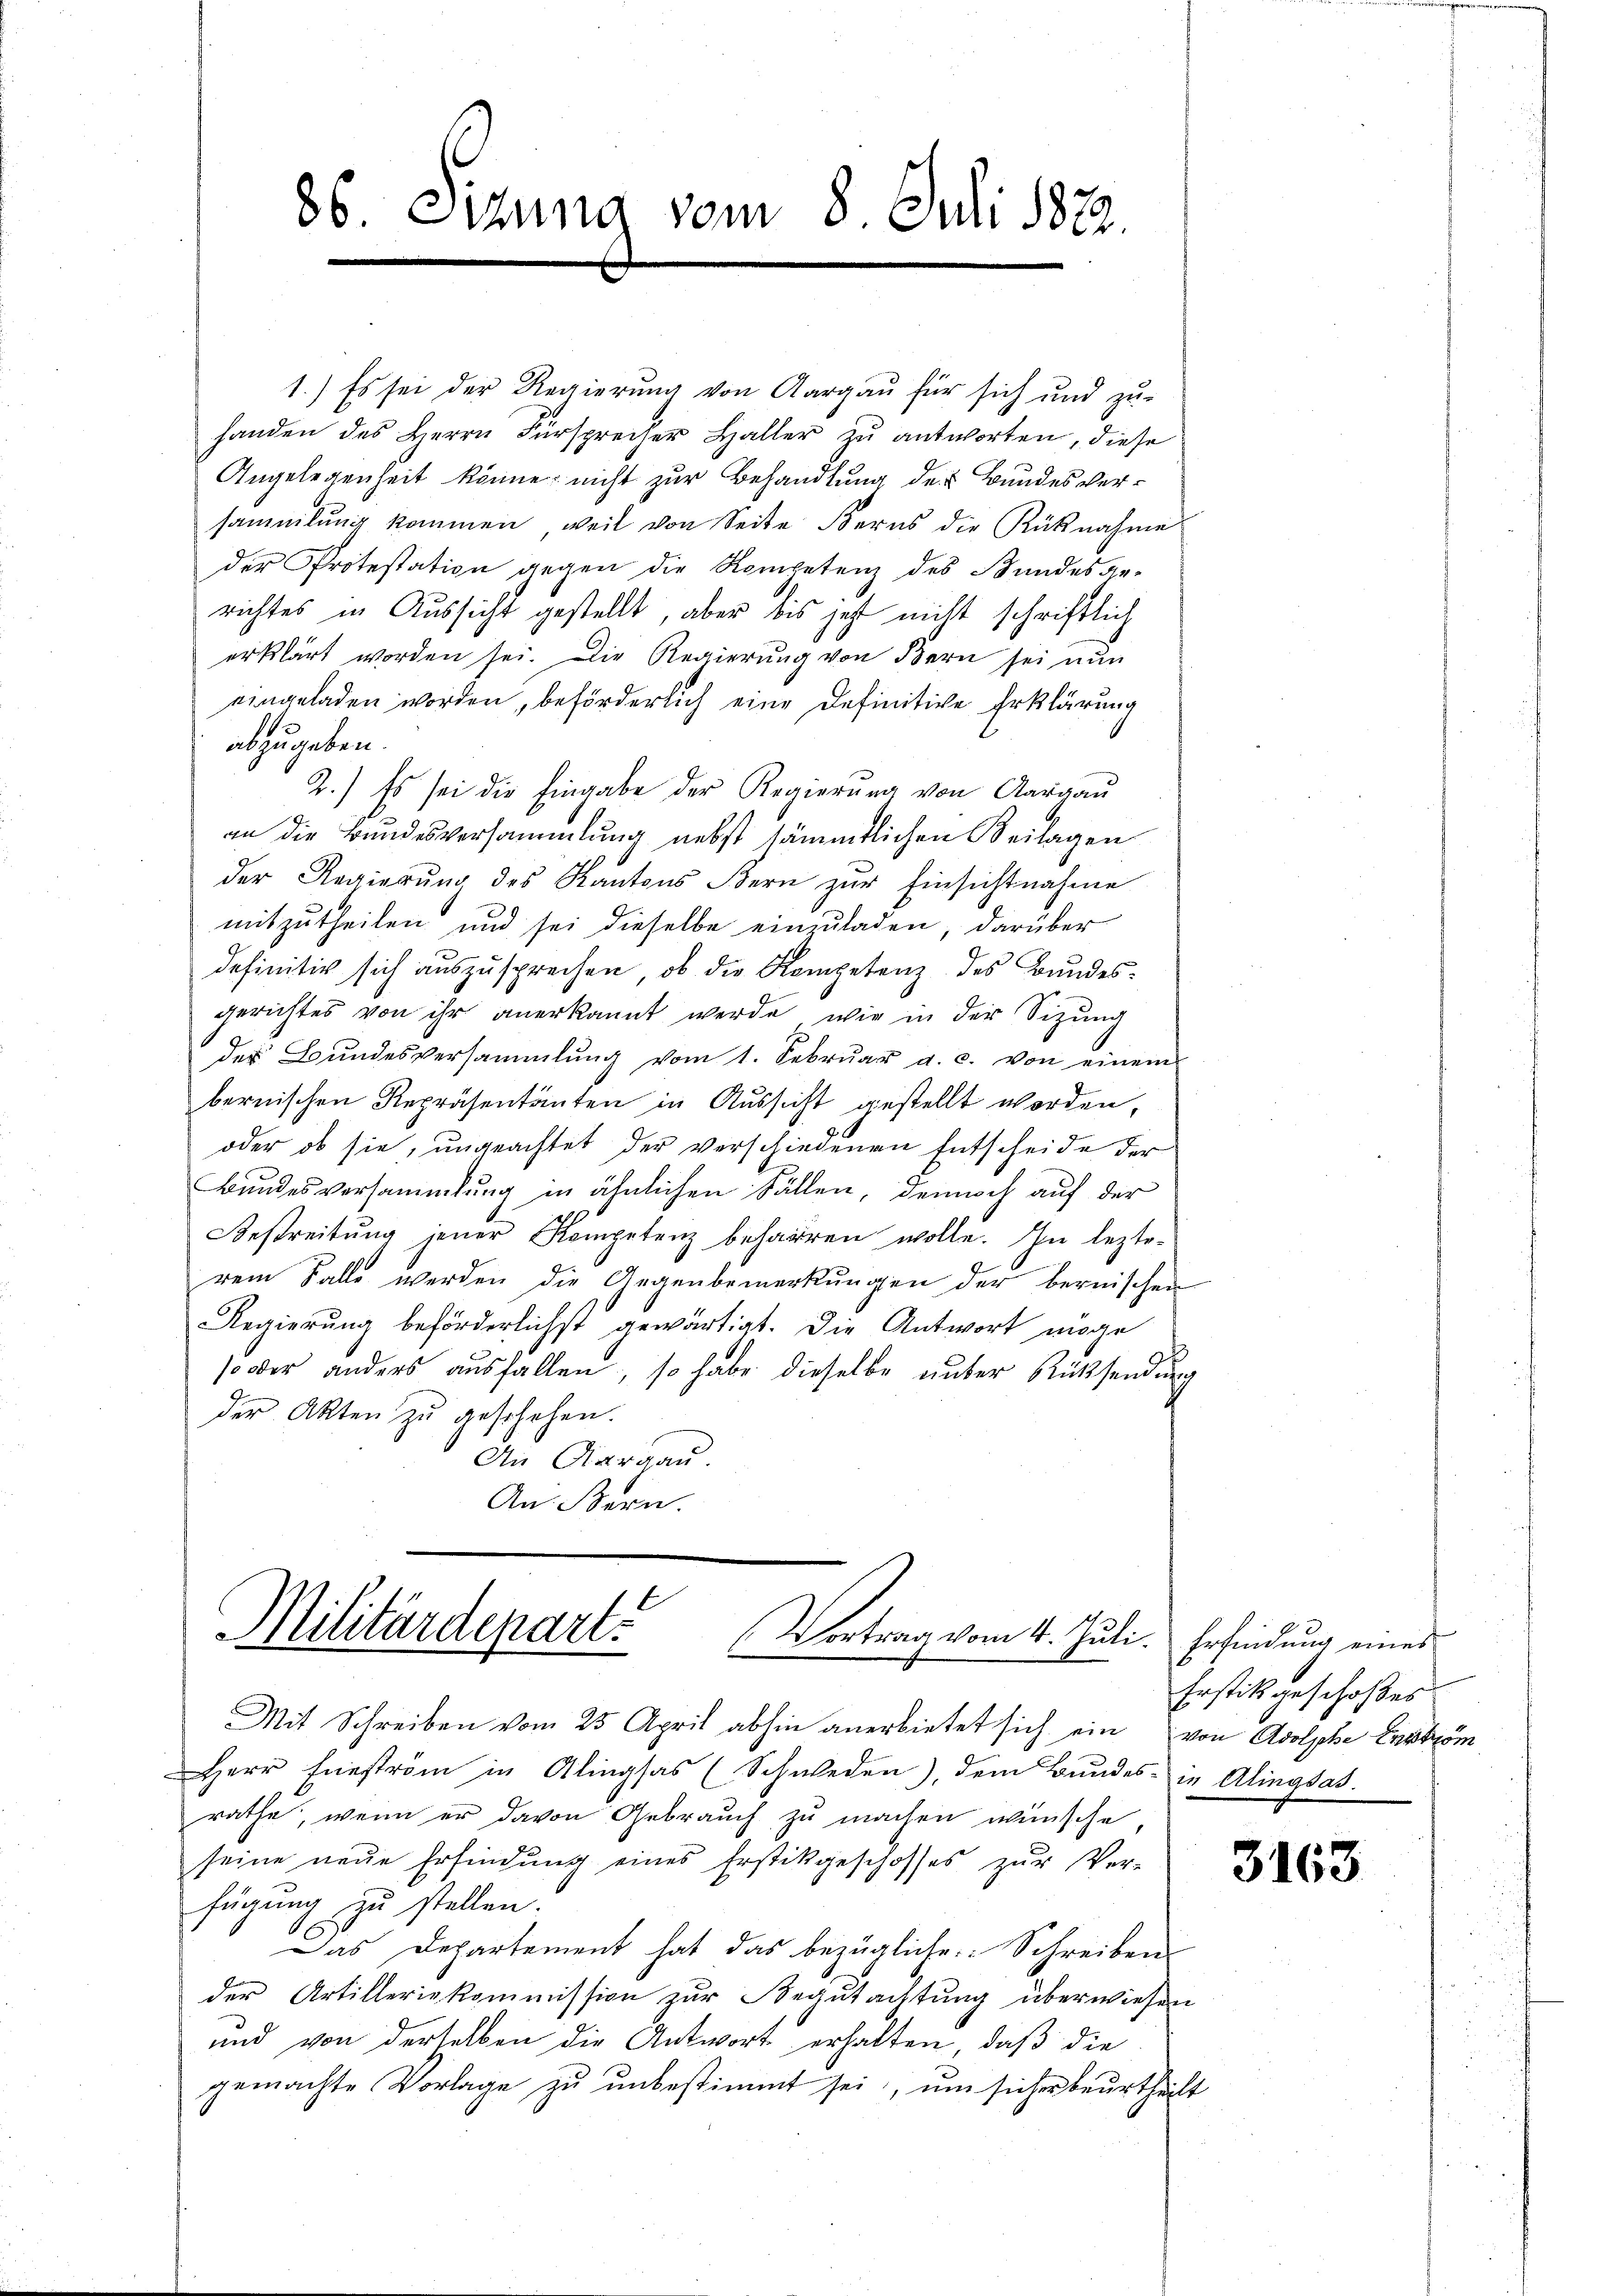
86. Sizung vom 8. Juli 1822.

1.) Es sei der Regierung von Aargau für sich und zu-
handen des Herrn Fürsprecher Haller zŭ antworten, diese
Angelegenheit könne, nicht zur Behandlung der Bundes versammlung kommen, weil von Seite Berns die Rücknahme
der Protestation gegen die Kompetenz des Bundesge-
richtes in Aussicht gestellt, aber bis jetzt nicht schriftlich
erklärt worden sei. Die Regierŭng von Bern sei nŭn
eingeladen worden, beförderlich eine Definitive Erklärung
abzugeben.
2.) Es sei die Eingabe der Regierŭng von Aargaŭ
an die Bundesversammlung nebst sämmtlichen Beilagen
der Regierŭng des Kantons Bern zŭr Einsichtnahme
mitzutheilen und sei dieselbe einzuladen, darüber
definitiv sich auszusprechen, ob die Kompetenz des Bundesgerichtes von ihr anerkannt werde, wie in der Sitzung
der Bŭndesversammlung vom 1. Febrŭar a. c. von einem
bernischen Repräsentanten in Aussicht gestellt worden,
oder ob sie, ungeachtet der verschiedenen Entscheide der
Bundesversammlung in ähnlichen Fällen, dennoch auf der
Bestreitung jener Kompetenz beharren wolle. In lezterem Falle werden die Gegenbemerkungen der bernischen
Regierung beförderlichst gewärtigt. Die Antwort möge
so oder anders ausfallen, so habe dieselbe unter Rücksendung
der Akten zu geschehen.
An Aargau.
An. Bern.

Militärdepart
Vortrag vom 4. Juli.

Erfindung eines
Erstik geschoßes

Mit Schreiben vom 25. April abhin anerbietet sich ein von Adolphe Erbköm
Herr Eneström in Alingsas (Schweden), dem Bŭndes in Alingsat
rathe, wenn er davon Gebrauch zu machen wünsche,
seine neue Erfindung eines Erstikgeschosses zur Ver-
fügung zu stellen.
Das Departement hat das bezügliche Schreiben
der Artilleriekommission zur Begutachtung überwiesen
und von derselben die Antwort erhalten, daß die
gemachte Vorlage zu unbestimmt sei, um sicher beurtheilt

3163